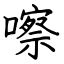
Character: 嚓